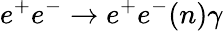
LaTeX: e^{+}e^{-}\to e^{+}e^{-}{(n)\gamma}